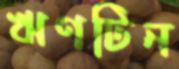
ঋণটিন